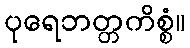
ပုရေဘတ္တကိစ္စံ။